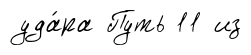
уда́ра Путь 11 из